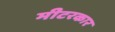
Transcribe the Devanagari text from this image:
मीटरकार